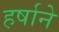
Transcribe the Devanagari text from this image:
हर्षाने